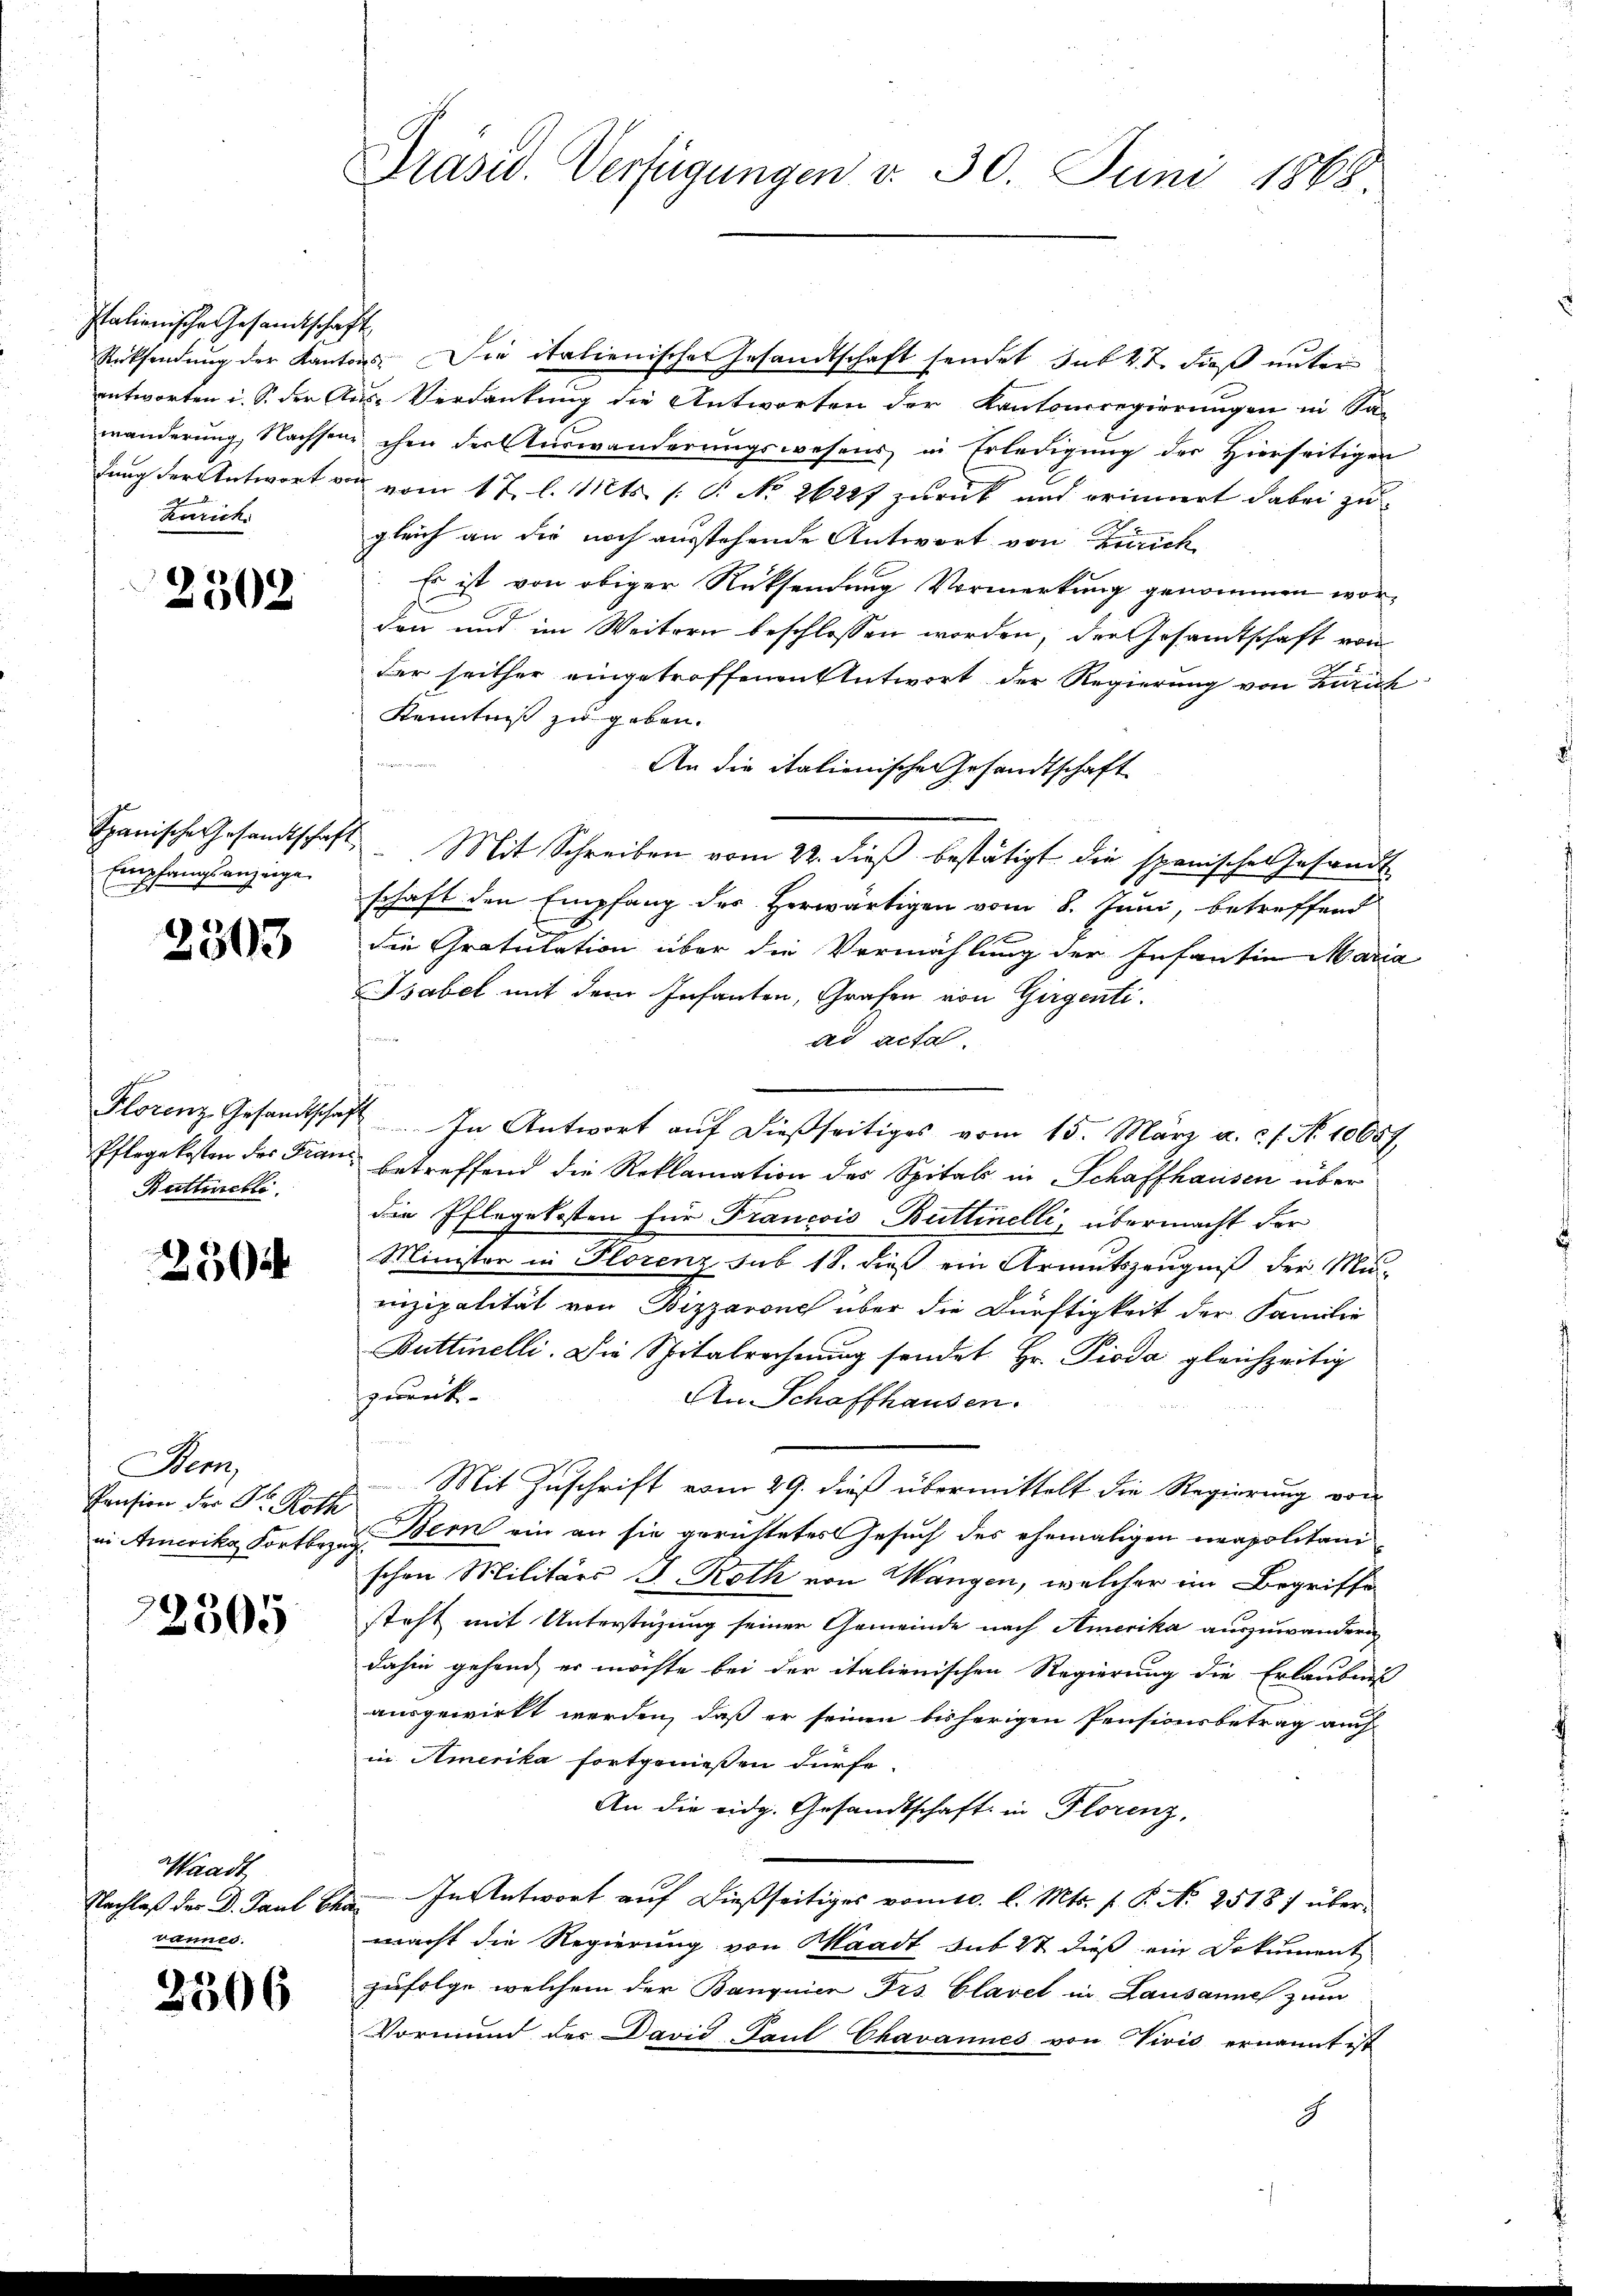
Italienische Gesandtschaf
antworten u. S. der Arkurich

2302

Empfangsanzeige.

2303

Florenz Gesandtschaf
Pflegekosten des Franz
Büttiebli

230

Bem,
Pension der Dr. Roth
in Amerika Fortbezu

2305

Waadt
Nachlaß der D. Paul Eh
vannes.

2306

Präsid. Verfügungen v. 30. Juni 1868

¬
Rücksendung der Kantons. Die italienischer Gesandtschaft sendet sub 27. dieß unter
u. Verdankung die Antworten der Kantonsregierungen in Sa
mänderung, Nachsen ihm der Auswanderungswesens in Erledigŭng der hierseitigen
fung der Antwort von vom 17. l. Mts. (: P. No 26227 zurück und erinnert dabei zugleich an die noch ausstehende Antwort von Zürich
Es ist von obiger Rücksendung Vormerkung genommen worden und im Weitern beschlossen worden, der Gesamtschaft von
der seither eingetroffenen Antwort der Regierung von Zürich
Kenntniß zu geben.
An die italienischeresandtschaft
Spanische Gesandtschaft. Mit Schreiben vom 22. dieβ bestätigt die spanischen Gesandt-
schaft den Empfang des Herwärtigen vom 8. Juni, betreffend
die Gratulation über die Vermählung der Infantin Maria
Bsabel mit dem Infanten, Grafen von Girgenti.
ad actal.
In Antwort auf dießseitiges vom 15. März a. c. No. 1000f
betreffend die Reklamation des Spitals in Schaffhausen über
die Pflegekosten für Francois Buttinelli, übermacht der
Minister in Plorenz sub 18. dieß ein Armutszeugniß der Mu-
rinzipalität von Bizzarone über die Dürftigkeit der Familie
Buttinelli. Die Spitalrechnung sendet. Hr. Pioda gleichzeitig
zwunk
An Schaffhausen.
Mit Zuschrift vom 29. dieß übermittelt die Regierung von
Bern ein an sie gerichtetes Gesuch des ehemaligen neapolitanischen Militärs J. Roth von Wangen, welcher im Begriffe
steht mit Unterstüzung seiner Gemeinde nach Amerika auszuwandern
dahin gehend, er möchte bei der italienischen Regierung die Erlaubnis
ausgewirkt werden, daß er seinen bisherigen Pensionsbetrag auch
in Amerika fortgenießen dürfe.
An die eidg. Gesandtschaft in Florenz,
 In Antwort auf dießseitiges vom 10. l. Mts. f. P. No 25187 über-
macht die Regierung von Waadt sub 27 dieß ein Dokument,
zufolge, welchem der Banquier Frs. Clavel in Lausanne zum
Vormund der David Paul Chavannes von Vivis ernannt ist
g